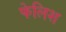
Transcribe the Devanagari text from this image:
फेलिश